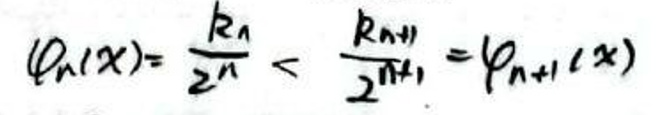
\(\varphi_{n}(x)=\frac{k_{n}}{2^{n}}<\frac{k_{n+1}}{2^{n+1}}=\varphi_{n+1}(x)\)